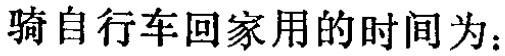
骑自行车回家用的时间为：